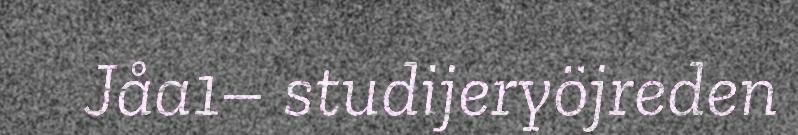
Jåa1– studijeryöjreden